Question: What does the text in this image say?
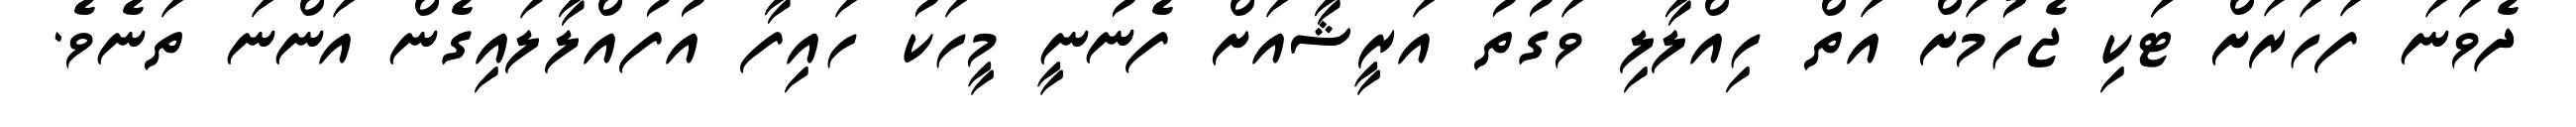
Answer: ދެވަނަ ފަހަރަށް ޓަަކި ޖެހުމަށް އަތް ހިއްލާލި ވަގުތު އަރީޝާއަށް ފެނުނީ މީހަކު ހައިފާ އުފުއްލާލައިގެން އަންނަ ތަނެވެ.